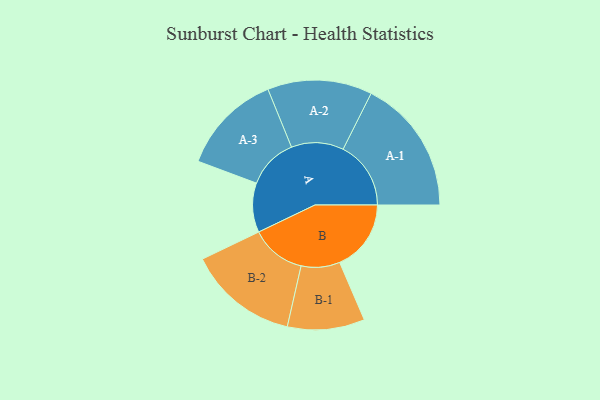
{"axis": {"x": "Segment", "y": "Value"}, "legend": ["", "A", "B"], "data": [{"x": "A", "y": 188, "type": ""}, {"x": "B", "y": 272, "type": ""}, {"x": "A-1", "y": 258, "type": "A"}, {"x": "A-2", "y": 199, "type": "A"}, {"x": "A-3", "y": 193, "type": "A"}, {"x": "B-1", "y": 147, "type": "B"}, {"x": "B-2", "y": 210, "type": "B"}]}